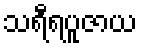
သရီရပူဇာယ